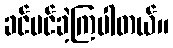
ခင်မင်ခဲ့ကြပါတယ်။